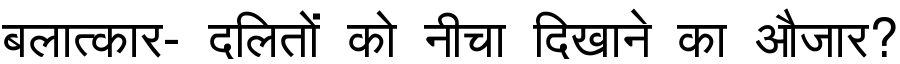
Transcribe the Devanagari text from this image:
बलात्कार- दलितों को नीचा दिखाने का औजार?